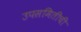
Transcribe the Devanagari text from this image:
उपसमितीची